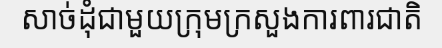
សាច់ដុំជាមួយក្រុមក្រសួងការពារជាតិ